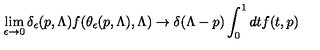
\lim _ { \epsilon \rightarrow 0 } \delta _ { \epsilon } ( p , \Lambda ) f ( \theta _ { \epsilon } ( p , \Lambda ) , \Lambda ) \rightarrow \delta ( \Lambda - p ) \int _ { 0 } ^ { 1 } d t f ( t , p )